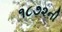
૧૮૭૨ની